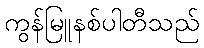
ကွန်မြူနစ်ပါတီသည်